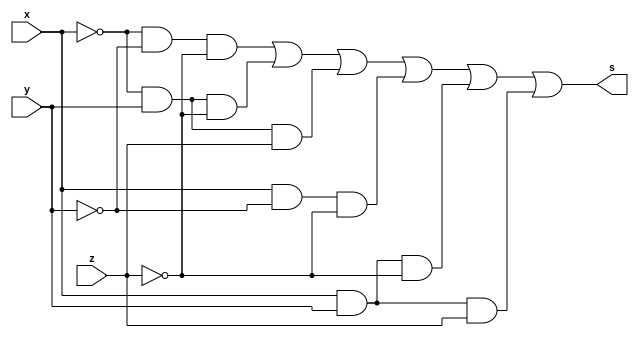
// ---------------------
// TRUTH TABLE
// Nome: marcos antonio lommez Candido Ribeiro
// 27/08/2022
// ---------------------
// ---------------------
// -- expression f(x,y,z) = 1 0 1 1 1 0 1 1
// ---------------------

module SoP (output s, input x, y, z); // mintermos
    assign s = (~x & ~y & ~z) | // m0
               (~x & y  & ~z) | // m2
               (~x & y  & z ) | // m3
               (x  & ~y & ~z) | // m4
               (x  & y  & ~z) | // m6
               (x  & y  & z ) ; // m7
endmodule // SoP

module PoS (output S, input X, Y, Z); // maxtermos
    assign S = (X  | Y  | ~Z) & // M1
               (~X | Y  | ~Z) ; // M5
endmodule // PoS

// ---------------------
// -- test_module
// ---------------------
module test_module;
    reg x, y, z;
    wire s1, s2;

    // instancias
    SoP SOP1 (s1, x, y, z);
    PoS POS1 (s2, x, y, z);
    
    // valores iniciais
    initial 
        begin: start
            x=1'bx; // indefinidos
            y=1'bx; // indefinidos
            z=1'bx; // indefinidos
        end

    // parte principal
    initial 
        begin: main
            // identificacao
            $display("Ex05c - Marcos Antonio Lommez - 771157");
            $display(" f(x,y,z) = 1 0 1 1 1 0 1 1 ");

            // monitoramento
            $display(" x | y | z ->   SoP  PoS");
            $monitor("%2b |%2b |%2b =    %2b   %2b", x, y, z, s1, s2);
            
            // sinalizacao
            #1 x=0; y=0; z=0;
            #1 x=0; y=0; z=1;
            #1 x=0; y=1; z=0;
            #1 x=0; y=1; z=1;
            #1 x=1; y=0; z=0;
            #1 x=1; y=0; z=1;
            #1 x=1; y=1; z=0;
            #1 x=1; y=1; z=1;
        end
endmodule // test_module